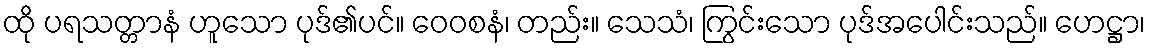
ထို ပရသတ္တာနံ ဟူသော ပုဒ်၏ပင်။ ဝေဝစနံ၊ တည်း။ သေသံ၊ ကြွင်းသော ပုဒ်အပေါင်းသည်။ ဟေဋ္ဌာ၊